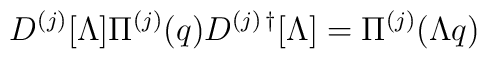
D^{(j)} [\Lambda] \Pi^{(j)} (q) D^{(j)\,\dagger} [\Lambda] = \Pi^{(j)}(\Lambda q)